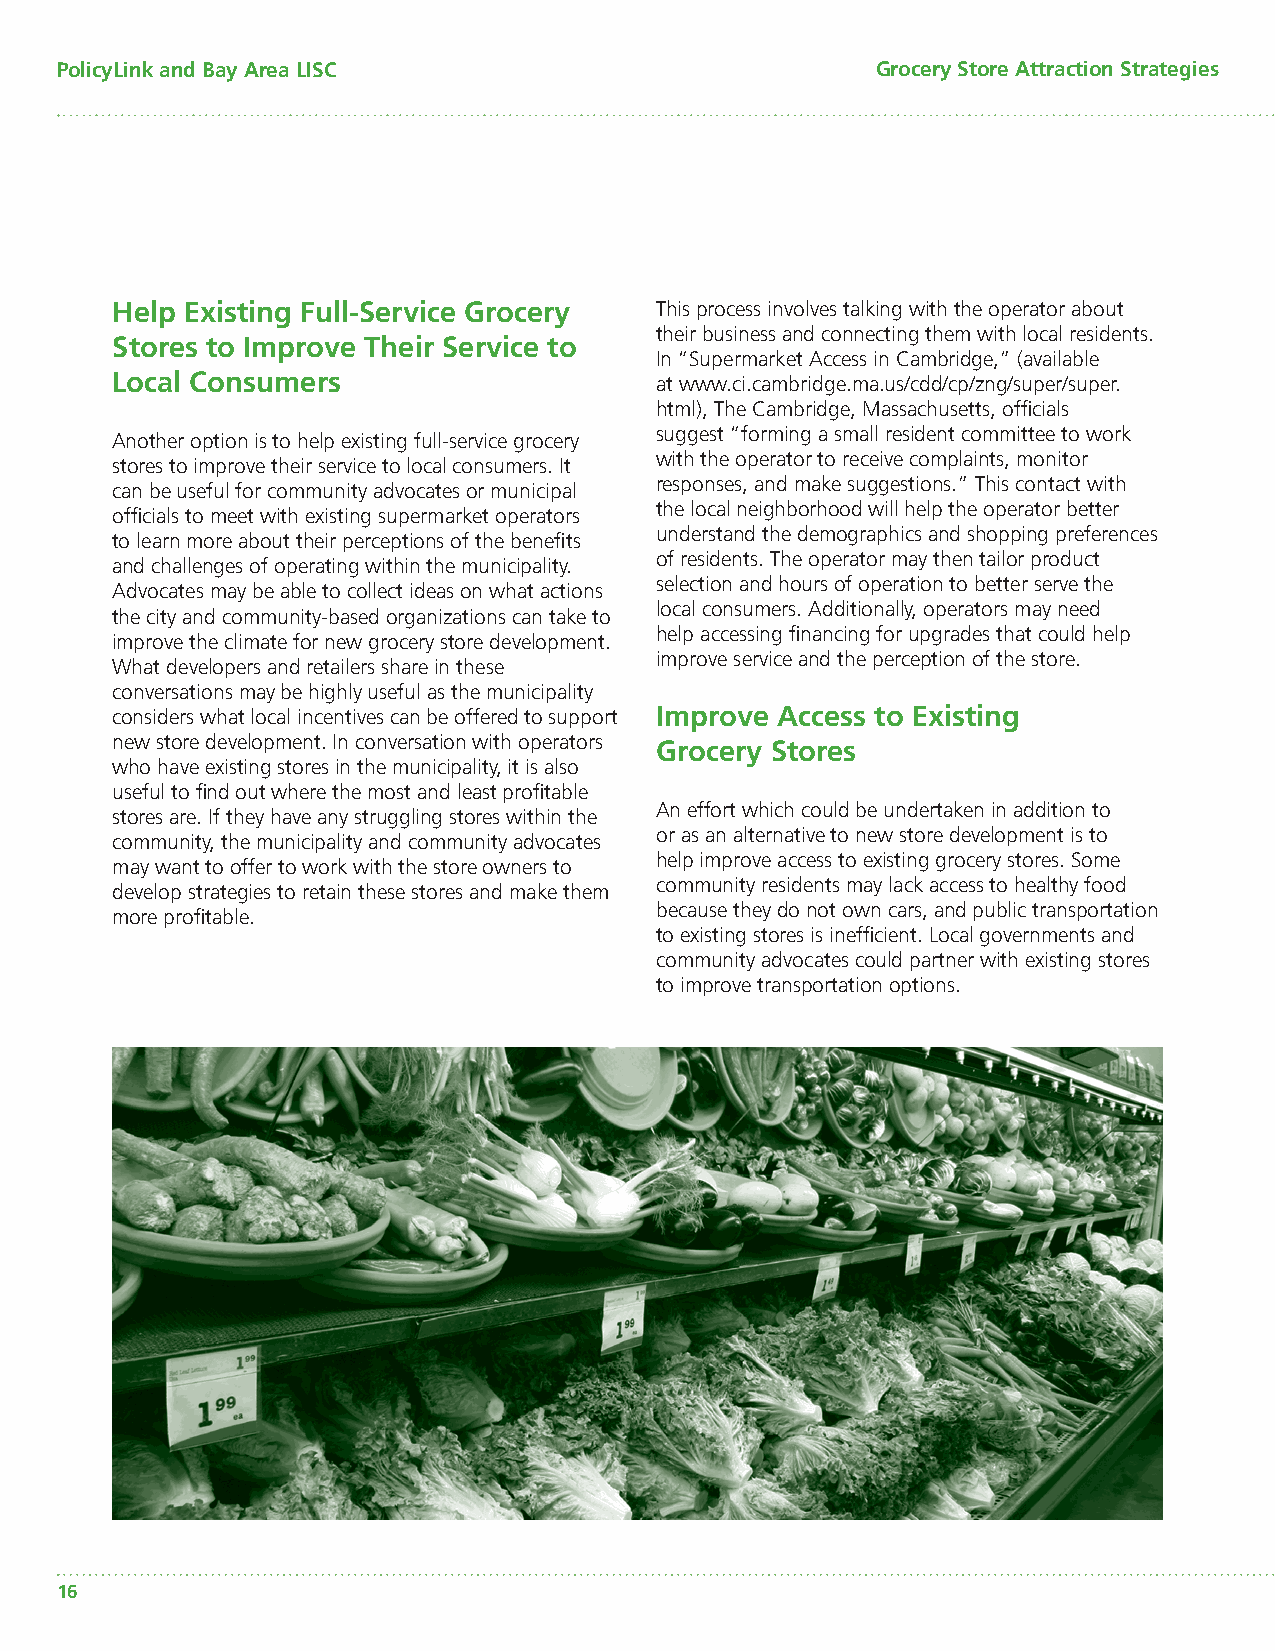
PolicyLink and Bay Area LISC                          Grocery Store Attraction Strategies
 Help Existing Full-Service Grocery  This process involves talking with the operator about
 their business and connecting them with local residents.
 Stores to Improve Their Service to
 In “Supermarket Access in Cambridge,” (available
 Local Consumers                     at www.ci.cambridge.ma.us/cdd/cp/zng/super/super.
 html), The Cambridge, Massachusetts, offi cials
 suggest “forming a small resident committee to work
 Another option is to help existing full-service grocery
 with the operator to receive complaints, monitor
 stores to improve their service to local consumers. It
 responses, and make suggestions.” This contact with
 can be useful for community advocates or municipal
 the local neighborhood will help the operator better
 offi cials to meet with existing supermarket operators
 understand the demographics and shopping preferences
 to learn more about their perceptions of the benefi ts
 of residents. The operator may then tailor product
 and challenges of operating within the municipality.
 selection and hours of operation to better serve the
 Advocates may be able to collect ideas on what actions
 local consumers. Additionally, operators may need
 the city and community-based organizations can take to
 help accessing fi nancing for upgrades that could help
 improve the climate for new grocery store development.
 improve service and the perception of the store.
 What developers and retailers share in these
 conversations may be highly useful as the municipality
 considers what local incentives can be offered to support Improve Access to Existing
 new store development. In conversation with operators Grocery Stores
 who have existing stores in the municipality, it is also
 useful to fi nd out where the most and least profi table
 stores are. If they have any struggling stores within the An effort which could be undertaken in addition to
 community, the municipality and community advocates or as an alternative to new store development is to
 may want to offer to work with the store owners to help improve access to existing grocery stores. Some
 develop strategies to retain these stores and make them community residents may lack access to healthy food
 more profi table.                   because they do not own cars, and public transportation
 to existing stores is ineffi cient. Local governments and
 community advocates could partner with existing stores
 to improve transportation options.
 16